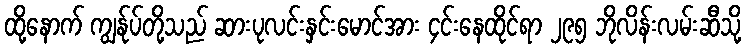
ထို့နောက် ကျွန်ုပ်တို့သည် ဆားပုလင်းနှင်းမောင်အား ၄င်းနေထိုင်ရာ ၂၉၅ ဘိုလိန်းလမ်းဆီသို့